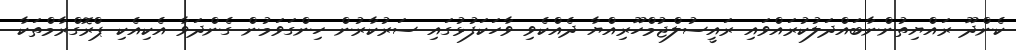
ކެންދޫ ރައްޔިތުންނާބައްދަލުކުރައްވައި ރައީސުލްޖުމްހޫރިއްޔާ ދެއްކެވި ވާހަކަފުޅުގައި ސަރުކާރުން ހިންގަވަމުން ގެންދަވާ އެކިއެކި ޕްރޮގްރާމްތަކާ